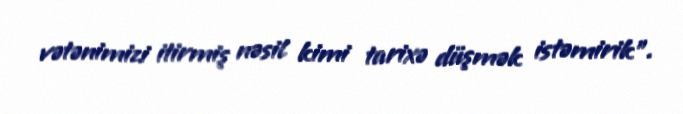
vətənimizi itirmiş nəsil kimi tarixə düşmək istəmirik”.